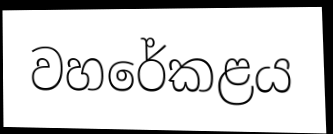
වහරේකළය